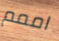
اممم